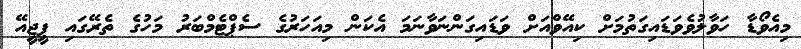
މިއެވޯޑާ ހަވާލުވެވަޑައިގަތުމަށް ކިއޭވްއަށް ވަޑައިގަންނަވާނަމަ އެކަން މިއަހަރުގެ ސެޕްޓެމްބަރު މަހުގެ ތެރޭގައި ޕީޖީއޭ